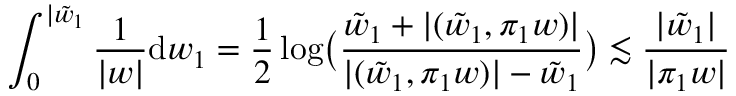
\int _ { 0 } ^ { | \tilde { w } _ { 1 } } \frac { 1 } { | w | } \mathrm { d } w _ { 1 } = \frac { 1 } { 2 } \log \bigr ( \frac { \tilde { w } _ { 1 } + | ( \tilde { w } _ { 1 } , \pi _ { 1 } w ) | } { | ( \tilde { w } _ { 1 } , \pi _ { 1 } w ) | - \tilde { w } _ { 1 } } \bigr ) \lesssim \frac { | \tilde { w } _ { 1 } | } { | \pi _ { 1 } w | }